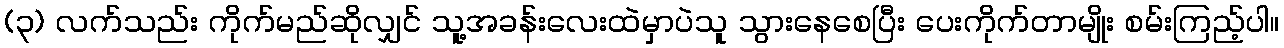
(၃) လက်သည်း ကိုက်မည်ဆိုလျှင် သူ့အခန်းလေးထဲမှာပဲသူ သွားနေစေပြီး ပေးကိုက်တာမျိုး စမ်းကြည့်ပါ။